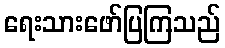
ရေးသားဖော်ပြကြသည်